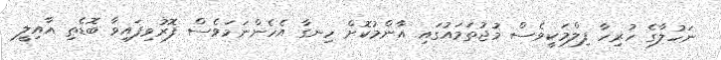
ނަހުލާގެ ހުރިހާ ފިލްމަކީވެސް މުޖުތަމައުގައި އާންމުކޮށް ހިނގާ އެހެންނަމަވެސް ފޮރުވިފައިވާ ބޮޑެތި އާއިލީ